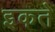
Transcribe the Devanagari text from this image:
इकते